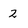
Character: 2